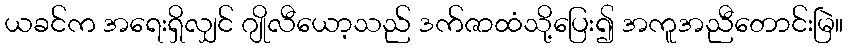
ယခင်က အရေးရှိလျှင် ဂျိုလီယော့သည် ဒက်ဇာထံသို့ပြေး၍ အကူအညီတောင်းမြဲ။